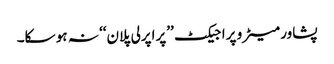
پشاور میٹرو پراجیکٹ ’’پراپرلی پلان‘‘ نہ ہو سکا۔